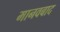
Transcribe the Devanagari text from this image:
मानवबाद